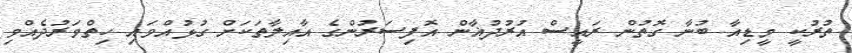
ތުރުކީ މީޑިއާ ބުނާ ގޮތުން ރައީސް އުރުދުޣާން އޮފިސަރުންގެ އާއިލާތަކަށް ގުޅުއްވައި ހިތްވަރުދެއްވި